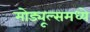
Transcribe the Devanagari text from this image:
मोड्यूल्समध्ये